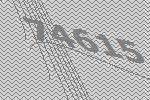
74615